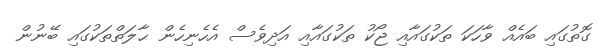
ގޮތުގައި ބައެއް ވާހަކަ ތަކުގައާއި ޖޯކު ތަކުގައާއި އަދިވެސް އެހެނިހެން ޙާލަތްތަކުގައި ބޭނުން